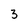
Character: 3